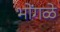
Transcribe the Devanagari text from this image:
भोंगळे